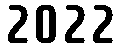
2022